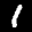
Label: 1